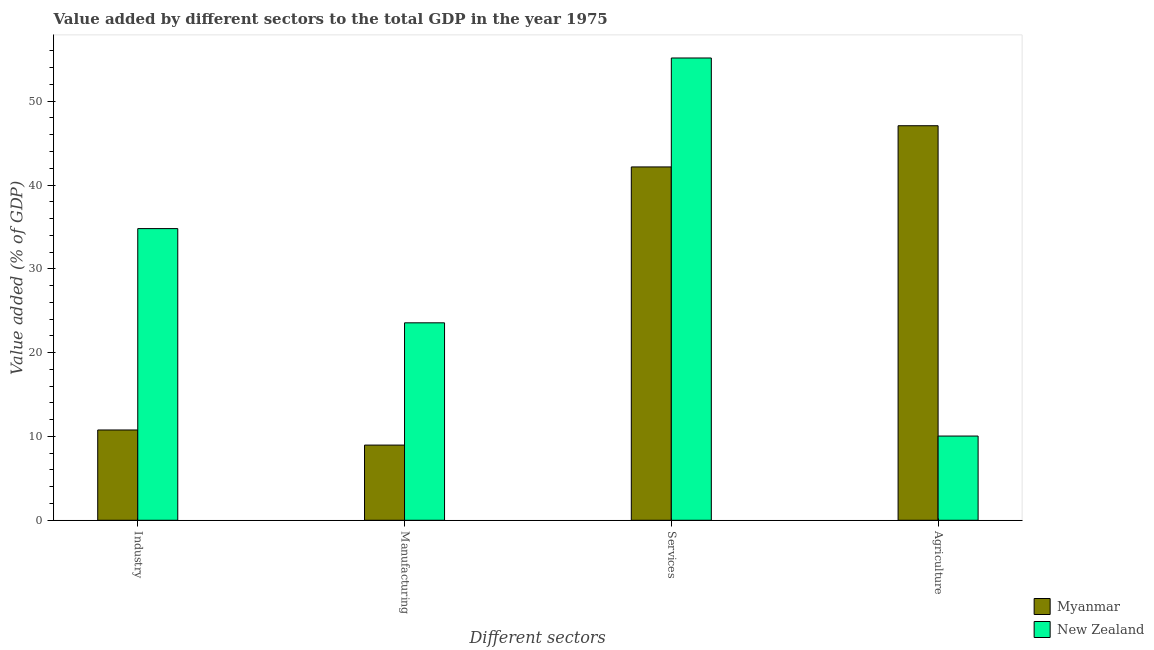
| Different sectors | Myanmar | New Zealand |
 | --- | --- | --- |
 | Industry | 10.8 | 34.8 |
 | Manufacturing | 8.97 | 23.6 |
 | Services | 42.2 | 55.2 |
 | Agriculture | 47.1 | 10 |